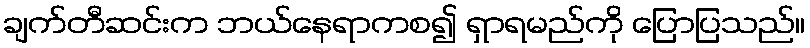
ချက်တီဆင်းက ဘယ်နေရာကစ၍ ရှာရမည်ကို ပြောပြသည်။